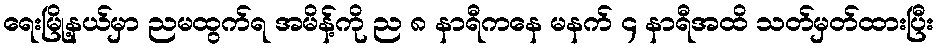
ရေးမြို့နယ်မှာ ညမထွက်ရ အမိန့်ကို ည ၈ နာရီကနေ မနက် ၄ နာရီအထိ သတ်မှတ်ထားပြီး